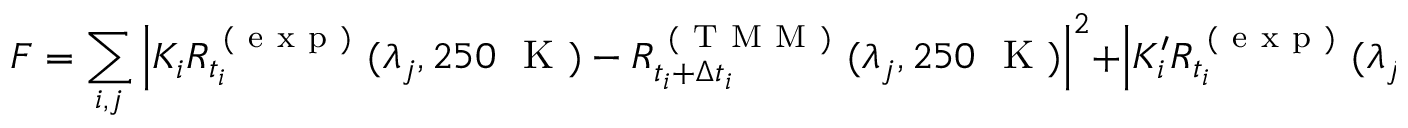
F = \sum _ { i , j } \left| K _ { i } R _ { t _ { i } } ^ { \mathrm { ~ ( ~ e ~ x ~ p ~ ) ~ } } ( \lambda _ { j } , 2 5 0 ~ \mathrm { ~ K ~ } ) - R _ { t _ { i } + \Delta t _ { i } } ^ { \mathrm { ~ ( ~ T ~ M ~ M ~ ) ~ } } ( \lambda _ { j } , 2 5 0 ~ \mathrm { ~ K ~ } ) \right| ^ { 2 } + \left| K _ { i } ^ { \prime } R _ { t _ { i } } ^ { \mathrm { ~ ( ~ e ~ x ~ p ~ ) ~ } } ( \lambda _ { j } , 6 ~ \mathrm { ~ K ~ } ) - R _ { t _ { i } + \Delta t _ { i } } ^ { \mathrm { ~ ( ~ T ~ M ~ M ~ ) ~ } } ( \lambda _ { j } , 6 ~ \mathrm { ~ K ~ } ) \right| ^ { 2 } ,